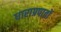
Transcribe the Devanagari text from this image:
धाराप्रपातों